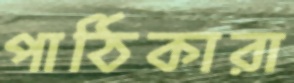
পাঠিকারা